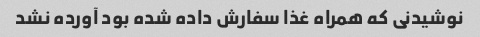
نوشیدنی که همراه غذا سفارش داده شده بود آورده نشد